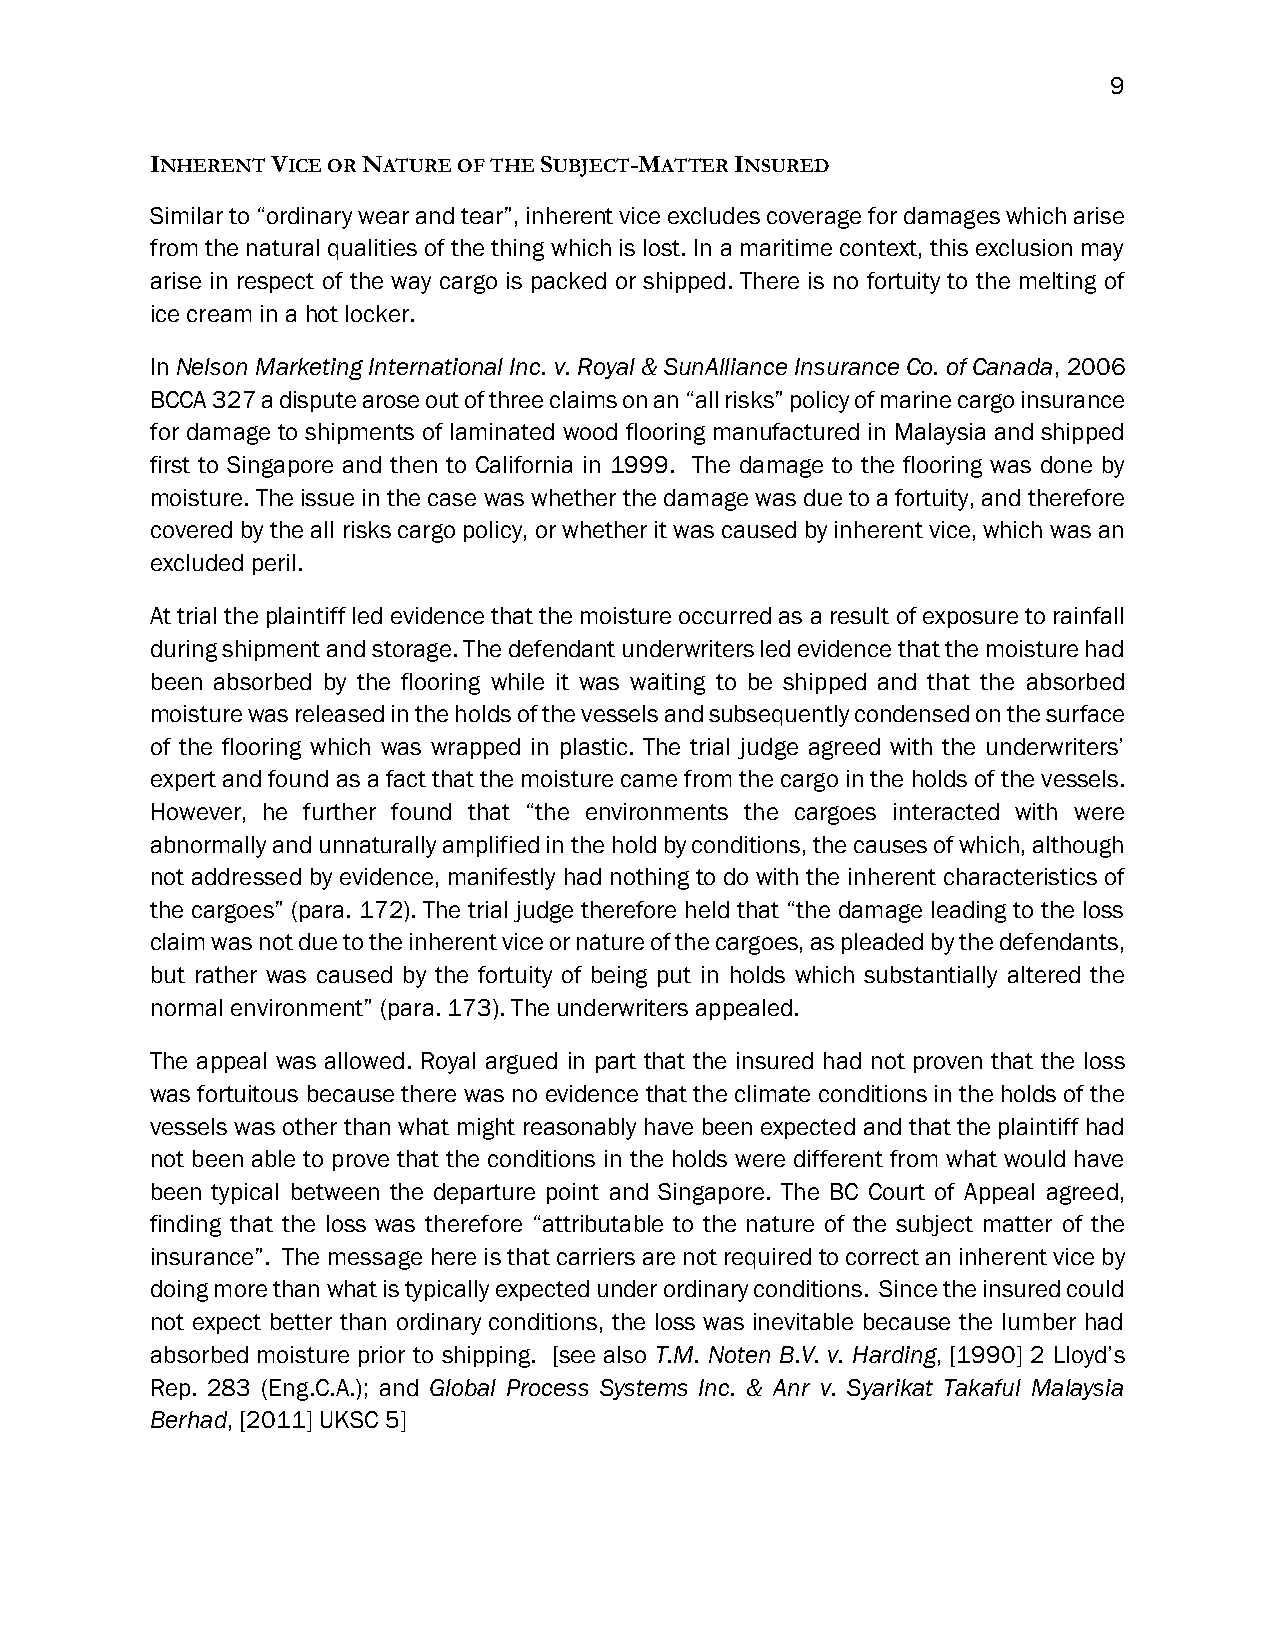
9
 INHERENT VICE OR NATURE OF THE SUBJECT-MATTER INSURED
 Similar to “ordinary wear and tear”, inherent vice excludes coverage for damages which arise
 from the natural qualities of the thing which is lost. In a maritime context, this exclusion may
 arise in respect of the way cargo is packed or shipped. There is no fortuity to the melting of
 ice cream in a hot locker.
 In Nelson Marketing International Inc. v. Royal & SunAlliance Insurance Co. of Canada, 2006
 BCCA 327 a dispute arose out of three claims on an “all risks” policy of marine cargo insurance
 for damage to shipments of laminated wood flooring manufactured in Malaysia and shipped
 first to Singapore and then to California in 1999. The damage to the flooring was done by
 moisture. The issue in the case was whether the damage was due to a fortuity, and therefore
 covered by the all risks cargo policy, or whether it was caused by inherent vice, which was an
 excluded peril.
 At trial the plaintiff led evidence that the moisture occurred as a result of exposure to rainfall
 during shipment and storage. The defendant underwriters led evidence that the moisture had
 been absorbed by the flooring while it was waiting to be shipped and that the absorbed
 moisture was released in the holds of the vessels and subsequently condensed on the surface
 of the flooring which was wrapped in plastic. The trial judge agreed with the underwriters’
 expert and found as a fact that the moisture came from the cargo in the holds of the vessels.
 However, he further found that “the environments the cargoes interacted with were
 abnormally and unnaturally amplified in the hold by conditions, the causes of which, although
 not addressed by evidence, manifestly had nothing to do with the inherent characteristics of
 the cargoes” (para. 172). The trial judge therefore held that “the damage leading to the loss
 claim was not due to the inherent vice or nature of the cargoes, as pleaded by the defendants,
 but rather was caused by the fortuity of being put in holds which substantially altered the
 normal environment” (para. 173). The underwriters appealed.
 The appeal was allowed. Royal argued in part that the insured had not proven that the loss
 was fortuitous because there was no evidence that the climate conditions in the holds of the
 vessels was other than what might reasonably have been expected and that the plaintiff had
 not been able to prove that the conditions in the holds were different from what would have
 been typical between the departure point and Singapore. The BC Court of Appeal agreed,
 finding that the loss was therefore “attributable to the nature of the subject matter of the
 insurance”. The message here is that carriers are not required to correct an inherent vice by
 doing more than what is typically expected under ordinary conditions. Since the insured could
 not expect better than ordinary conditions, the loss was inevitable because the lumber had
 absorbed moisture prior to shipping. [see also T.M. Noten B.V. v. Harding, [1990] 2 Lloyd’s
 Rep. 283 (Eng.C.A.); and Global Process Systems Inc. & Anr v. Syarikat Takaful Malaysia
 Berhad, [2011] UKSC 5]